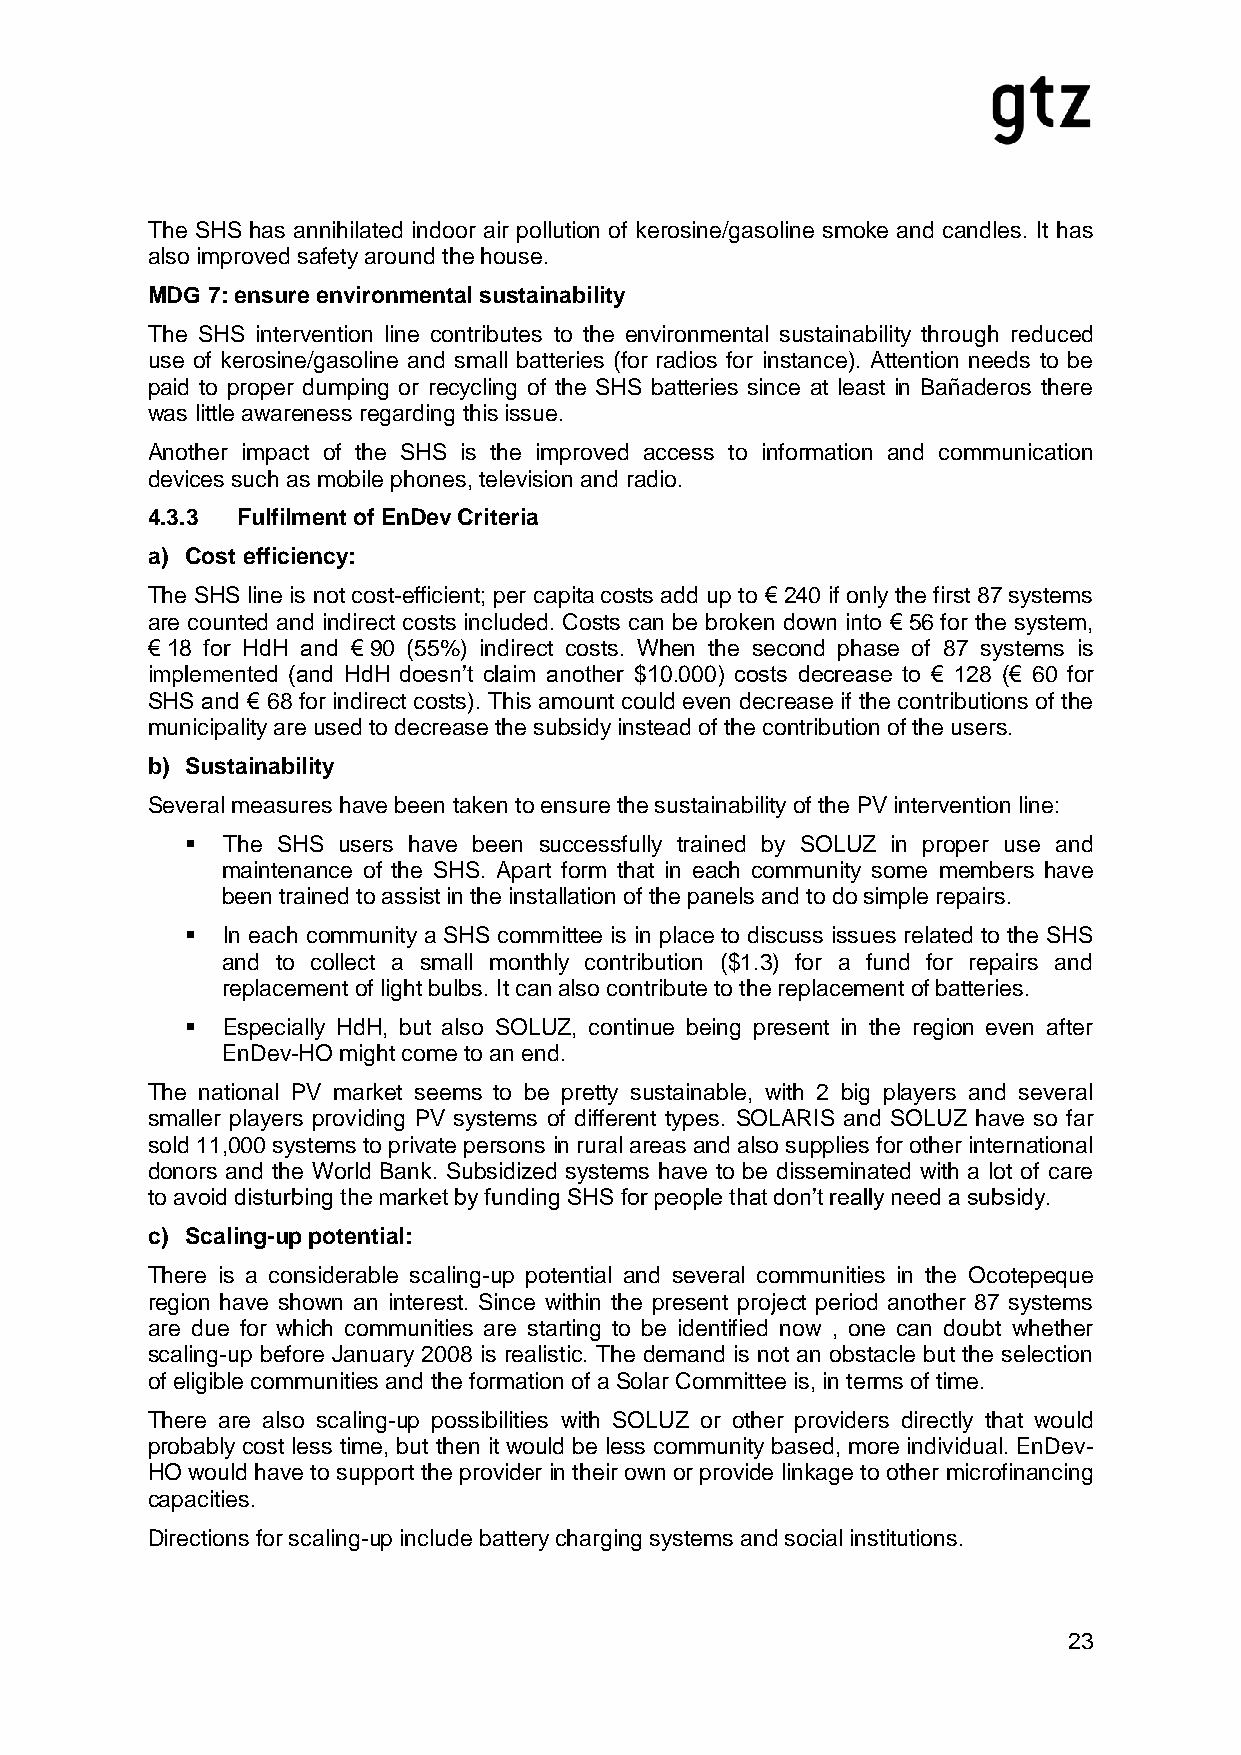
The SHS has annihilated indoor air pollution of kerosine/gasoline smoke and candles. It has
 also improved safety around the house.
 MDG 7: ensure environmental sustainability
 The SHS intervention line contributes to the environmental sustainability through reduced
 use of kerosine/gasoline and small batteries (for radios for instance). Attention needs to be
 paid to proper dumping or recycling of the SHS batteries since at least in Bañaderos there
 was little awareness regarding this issue.
 Another impact of the SHS is the improved access to information and communication
 devices such as mobile phones, television and radio.
 4.3.3 Fulfilment of EnDev Criteria
 a) Cost efficiency:
 The SHS line is not cost-efficient; per capita costs add up to € 240 if only the first 87 systems
 are counted and indirect costs included. Costs can be broken down into € 56 for the system,
 € 18 for HdH and € 90 (55%) indirect costs. When the second phase of 87 systems is
 implemented (and HdH doesn’t claim another $10.000) costs decrease to € 128 (€ 60 for
 SHS and € 68 for indirect costs). This amount could even decrease if the contributions of the
 municipality are used to decrease the subsidy instead of the contribution of the users.
 b) Sustainability
 Several measures have been taken to ensure the sustainability of the PV intervention line:
   The SHS users have been successfully trained by SOLUZ in proper use and
 maintenance of the SHS. Apart form that in each community some members have
 been trained to assist in the installation of the panels and to do simple repairs.
   In each community a SHS committee is in place to discuss issues related to the SHS
 and to collect a small monthly contribution ($1.3) for a fund for repairs and
 replacement of light bulbs. It can also contribute to the replacement of batteries.
   Especially HdH, but also SOLUZ, continue being present in the region even after
 EnDev-HO might come to an end.
 The national PV market seems to be pretty sustainable, with 2 big players and several
 smaller players providing PV systems of different types. SOLARIS and SOLUZ have so far
 sold 11,000 systems to private persons in rural areas and also supplies for other international
 donors and the World Bank. Subsidized systems have to be disseminated with a lot of care
 to avoid disturbing the market by funding SHS for people that don’t really need a subsidy.
 c) Scaling-up potential:
 There is a considerable scaling-up potential and several communities in the Ocotepeque
 region have shown an interest. Since within the present project period another 87 systems
 are due for which communities are starting to be identified now , one can doubt whether
 scaling-up before January 2008 is realistic. The demand is not an obstacle but the selection
 of eligible communities and the formation of a Solar Committee is, in terms of time.
 There are also scaling-up possibilities with SOLUZ or other providers directly that would
 probably cost less time, but then it would be less community based, more individual. EnDev-
 HO would have to support the provider in their own or provide linkage to other microfinancing
 capacities.
 Directions for scaling-up include battery charging systems and social institutions.
 23